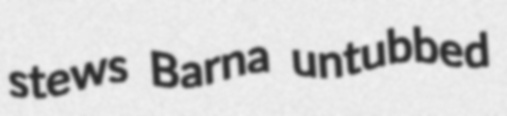
stews Barna untubbed